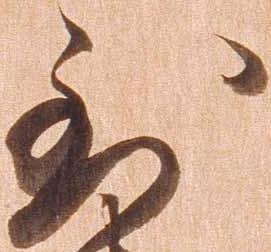
到